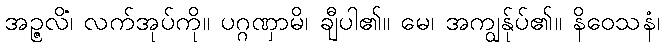
အဉ္ဇလိံ၊ လက်အုပ်ကို။ ပဂ္ဂဏှာမိ၊ ချီပါ၏။ မေ၊ အကျွန်ုပ်၏။ နိဝေသနံ၊